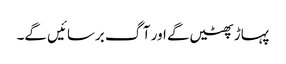
پہاڑ پھٹیں گے اور آگ برسائیں گے۔